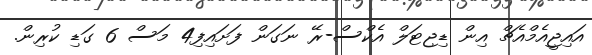
އައިޖީއެމްއެޗް އިން ޑިޖިޓަލް އެކްސް-ރޭ ނަގަން ފަށައިފި4 މަސް 6 ގަޑި ކުރިން.